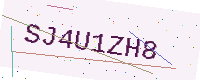
Text: SJ4U1ZH8